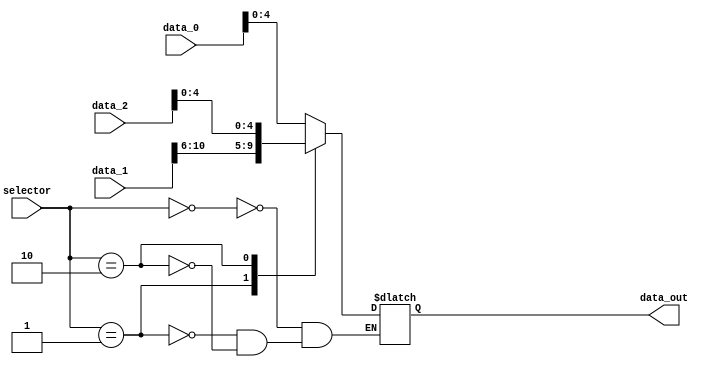
module mux_shamt (
    input wire [1:0] selector,
    input wire [31:0] data_0,
    input wire [15:0] data_1,
    input wire [31:0] data_2,
    output reg [4:0] data_out
);

    always @(*) begin
        case(selector)
            2'b00 : data_out = data_0[4:0];
            2'b01 : data_out = data_1[10:6];
            2'b10 : data_out = data_2[4:0]; 
        endcase
    end



endmodule